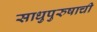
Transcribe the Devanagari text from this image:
साधुपुरुषाची